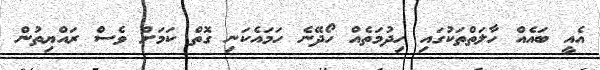
އެއީ ބައެއް ހާލަތްތަކުގައި ހިދުމަތެއް ހޯދޭނެ ހަމައެކަނި ގޮތް ކަމަށް ވެސް ރައްޔިތުން